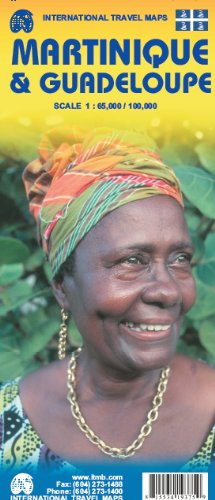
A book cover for Martinique 1:65,000 & Guadeloupe 1:100,000 Travel Map (International Travel Maps); ITMB Canada; Travel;